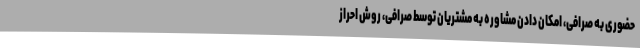
حضوری به صرافی، امکان دادن مشاوره به مشتریان توسط صرافی، روش احراز